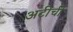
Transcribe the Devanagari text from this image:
अटीची